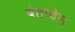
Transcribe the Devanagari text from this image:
बेताचेस